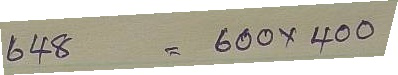
648 = 600 x 400